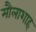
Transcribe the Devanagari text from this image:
मौलाशाह